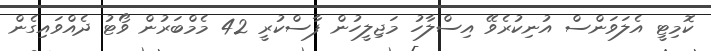
ކޮމިޓީ އެލަވަންސް އުނިކުރެވޭ އިސްލާހު މަޖިލީހުން ފާސްކުރީ 42 މެމްބަރުން ވޯޓު ދެއްވައިގެން